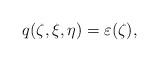
LaTeX: \begin{align*} q({\zeta}, \xi, \eta)=\varepsilon({\zeta}),\end{align*}